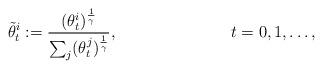
LaTeX: \begin{align*}\tilde{\theta}_t^i:=\frac{(\theta_t^i)^{\frac{1}{\gamma}}}{\sum_j(\theta_t^j)^{\frac{1}{\gamma}}}, & & t=0,1,\ldots,\end{align*}